Civil Veterinary Dept. Bombay admin report 1923-31 - 1923-1931
Year: 1923
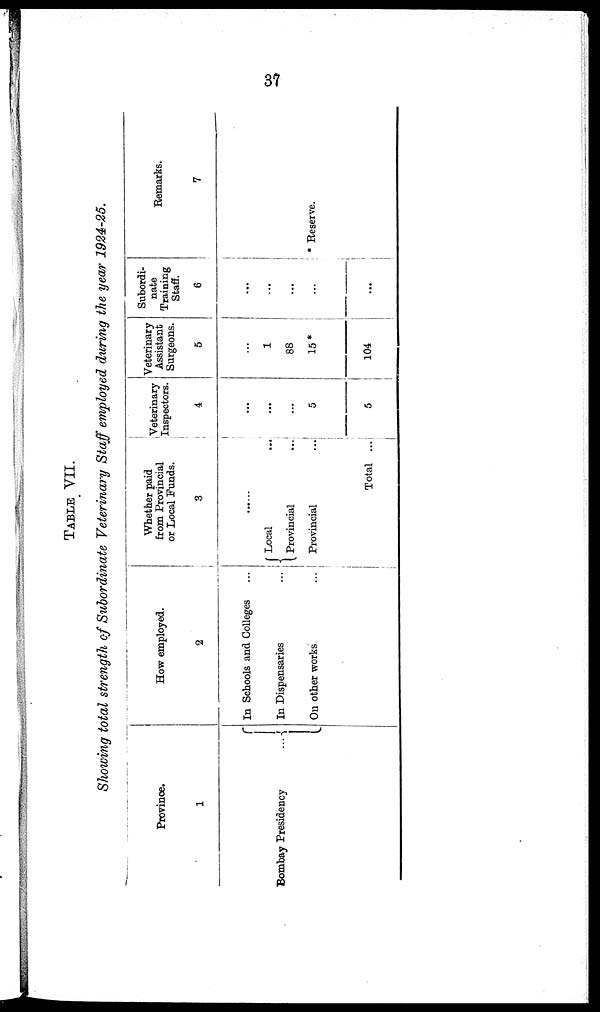
37
TABLE VII.
Showing total strength of Subordinate Veterinary Staff employed during the year 1924-25.
Province.
1
Bombay Presidency
...
How employed.
2
In Schools and Colleges ..
In Dispensaries ...
On other works ...
Whether paid
from Provincial
or Local Funds.
3
......
Local ...
Provincial ...
Provincial ...
Total ...
Veterinary
Inspectors.
4
...
...
...
5
5
Veterinary
Assistant
Surgeons.
5
...
1
88
15 *
104
Subordi-
nate
Training
Staff.
6
...
...
...
...
...
Remarks.
7
* Reserve.